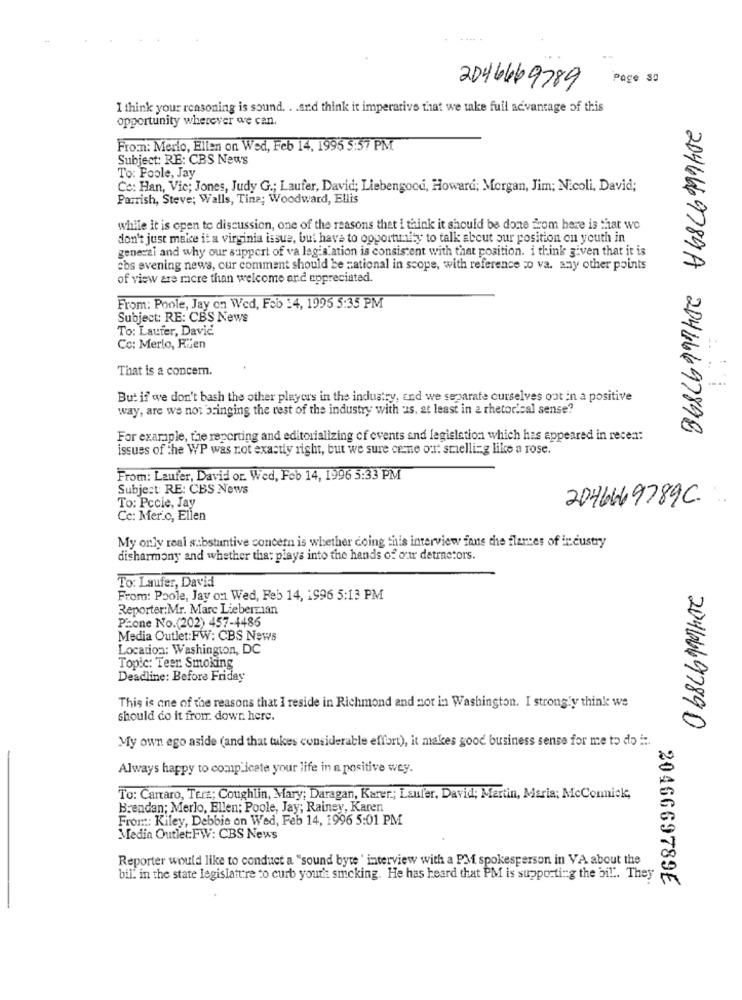
Page SO
2046669789
I think your reasoning is sound. . . and think it imperative that we take full advantage of this
opportunity wherever we can.
From: Merlo, Ellen on Wed, Feb 14, 1995 3:57 PM
Subject: RE: CBS News
To: Poole, Jay
Cc: Han, Vic; Jones, Judy G .; Laufer, David; Liebengoce, Howard; Morgan, Jim; Nicoli, David;
Parrish, Steve; Walls, Tina; Woodward, Ellis
while it is open to discussion, one of the reasons thet i think it should be done from here is that we
don't just make it a virginia issue, but have to opportunity to talk about our position on youth in
generzi and why our support of va legis ation is consistent with that position. i think given that it is
ebs evening news, cur comment should be national in scope, with reference :o va. any other points
of view are racre than welcome and appreciated.
From: Poole, Jay on Wed, Feb 14, 1995 5:35 PM
Subject: RE: CBS News
To: Laufer, David
Co: Merlo, Füen
That is a concern.
But if we don't bash the other players in the industry, and we separate ourselves out in a positive
way, are we not bringing the rest of the industry with :is, at least in a rhetorical sense?
2046669789A 20446697898
For example, the reporting and editorializing of events and legislation which has appeared in recen:
issues of the WP was not exactly right, but we sure cerne our: scielli-g like a rose.
From: Laufer, David or. Wed, Feb 14, 1996 5:33 PM
Subject: RE: CBS News
2046669789C
To: Pccie, Jay
Cc: Mer.o, Ellen
My only real substantive concern is whether doing this interview fans the flarces of industry
disharmony and whether that plays into the hands of our detractors.
To: Laufer, David
From: Poole, Jay on Wed, Feb 14, 1996 5:13 PM
Reporter:Mr. Marc Lieberzian
Phone No.(202) 457-4486
Media Outlet:FW: CBS News
Location: Washington, DC
Topic: Teer Smoking
Deadline: Before Friday
This is one of the reasons that I reside in Richmond and not in Washington. I strongly think we
should do it from down. here.
20466697890
My own ego aside (and that tukes considerable effort), it makes good business sense for me to do i :.
-
Always happy to comp icate your life in a positive wey.
To: Cartaro, Tere; Coughlin, Mary; Daragan, Karer .; Laufer, David; Martin, Maria; McComick,
Brendan; Merlo, Ellen; Poole, Jay; Rainey, Karen
Fror .:: Kiley, Debbie on Wed, Feb 14, 1996 5:01 PM
Media Outlet:FW: CBS News
Reporter would like to conduct a "sound byte ' interview with a PM spokesperson in VA about the
bil. in the state legislature to curb your' smoking. He has heard that PM is supporting the bil". They
2046669789É